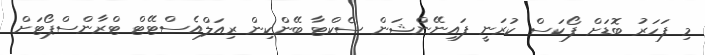
މި ފަހަރު ބޮޑަށް ފޯކަސް ކުރަނީ ފައިނޭންޝަން ސެކްޓާ ބޭންކިން ރިއަލްއެސްޓޭޓް ޓްރާންސްޕޯޓަށް